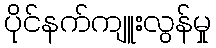
ပိုင်နက်ကျူးလွန်မှု